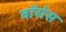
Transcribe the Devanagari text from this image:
बॉसेस